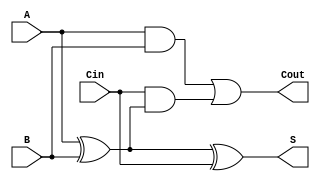
module LowPowerFullAdder (
    input wire A,      // First input bit
    input wire B,      // Second input bit
    input wire Cin,    // Carry input
    output wire S,     // Sum output
    output wire Cout   // Carry output
);

// Internal signals for the XOR operations
wire AxorB;

// Compute the sum using XOR gates
assign AxorB = A ^ B; // Intermediate XOR for A and B
assign S = AxorB ^ Cin; // Final sum

// Compute the carry-out using AND and OR gates
assign Cout = (A & B) | (Cin & AxorB); // Carry-out logic

endmodule